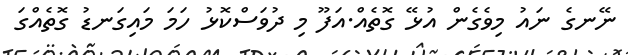
ނޭނގެ ނައު މިވެގެން އުޅޭ ގޮތެއް.އަފޫ މި ދުވަސްކޮޅު ހަމަ މައިގަނޑު ގޮތެއްގަ